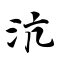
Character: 沆